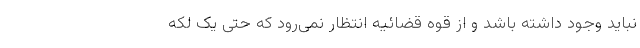
نباید وجود داشته باشد و از قوه قضائیه انتظار نمی‌رود که حتی یک لکه